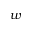
w